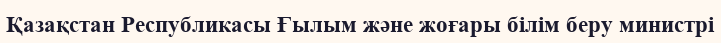
Қазақстан Республикасы Ғылым және жоғары білім беру министрі